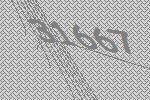
31667